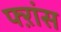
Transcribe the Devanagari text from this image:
फ्ऱांस